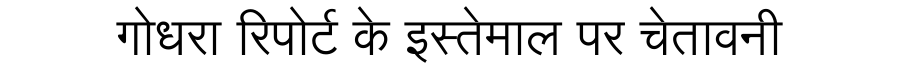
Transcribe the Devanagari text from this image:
गोधरा रिपोर्ट के इस्तेमाल पर चेतावनी